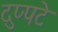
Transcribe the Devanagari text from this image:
दुप्पटे